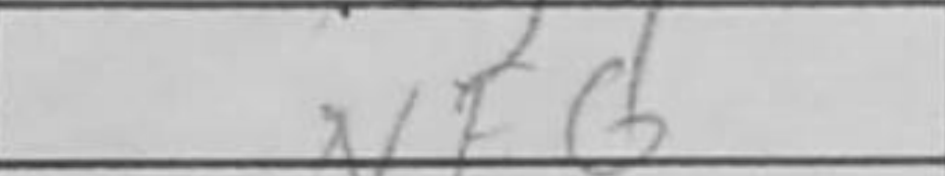
Transcription: Nf6